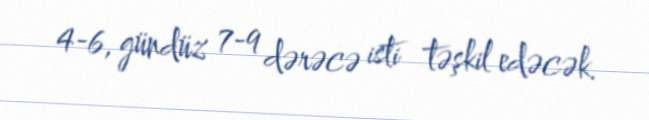
4-6, gündüz 7-9 dərəcə isti təşkil edəcək.